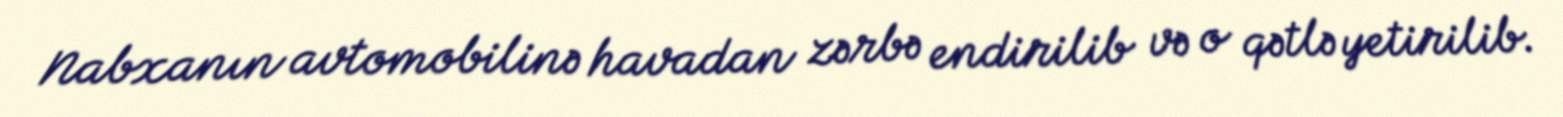
Nabxanın avtomobilinə havadan zərbə endirilib və o qətlə yetirilib.